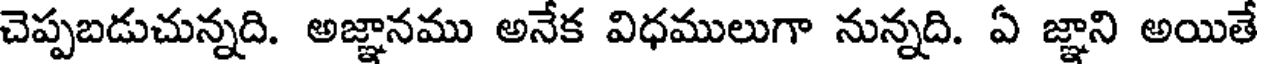
చెప్పబడుచున్నది. అజ్ఞానము అనేక విధములుగా నున్నది. ఏ జ్ఞాని అయితే